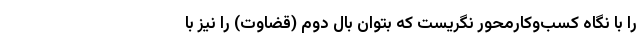
را با نگاه کسب‌وکار‌محور نگریست که بتوان بال دوم (قضاوت) را نیز با